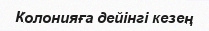
Колонияға дейінгі кезең